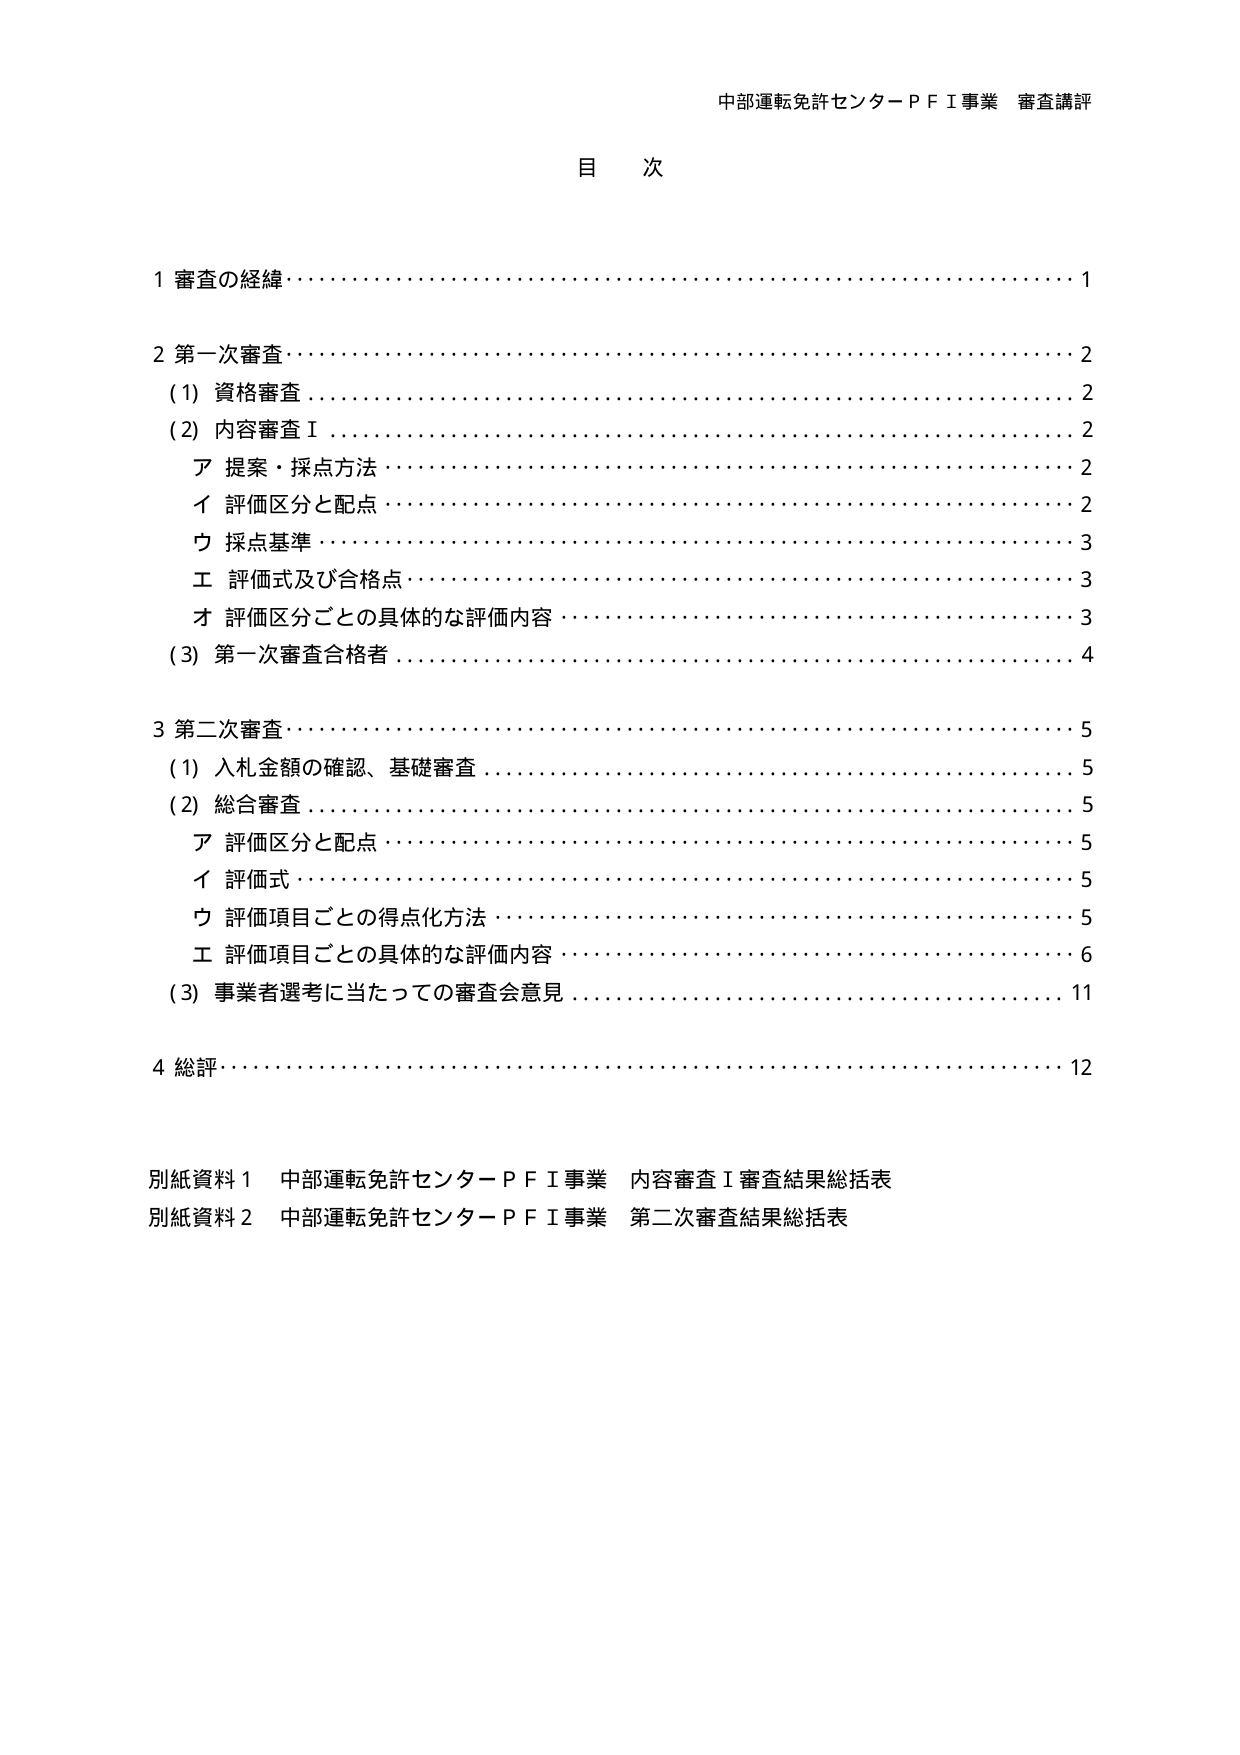
中部運転免許センターＰＦＩ事業 審査講評

目 次

1 審査の経緯……………………………………………………………………… 1

2 第一次審査……………………………………………………………………… 2
　(1) 資格審査 …………………………………………………………………… 2
　(2) 内容審査Ⅰ ………………………………………………………………… 2
　　　ア 提案・採点方法 ………………………………………………………… 2
　　　イ 評価区分と配点 ………………………………………………………… 2
　　　ウ 採点基準 ………………………………………………………………… 3
　　　エ 評価式及び合格点 ……………………………………………………… 3
　　　オ 評価区分ごとの具体的な評価内容 …………………………………… 3
　(3) 第一次審査合格者 ………………………………………………………… 4

3 第二次審査……………………………………………………………………… 5
　(1) 入札金額の確認、基礎審査 ……………………………………………… 5
　(2) 総合審査 …………………………………………………………………… 5
　　　ア 評価区分と配点 ………………………………………………………… 5
　　　イ 評価式 …………………………………………………………………… 5
　　　ウ 評価項目ごとの得点化方法 …………………………………………… 5
　　　エ 評価項目ごとの具体的な評価内容 …………………………………… 6
　(3) 事業者選考に当たっての審査会意見 …………………………………… 11

4 総評……………………………………………………………………………… 12

別紙資料１ 中部運転免許センターＰＦＩ事業 内容審査Ⅰ審査結果総括表
別紙資料２ 中部運転免許センターＰＦＩ事業 第二次審査結果総括表